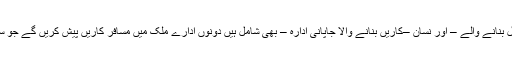
ان میں سے دو یونائیٹڈ آٹوز – موٹر سائیکل بنانے والے – اور نسان –کاریں بنانے والا جاپانی ادارہ – بھی شامل ہیں دونوں ادارے ملک میں مسافر کاریں پیش کریں گے جو سوزوکی مہران کو براہ راست ٹکر دیں گی۔